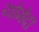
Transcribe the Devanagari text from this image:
योमेदा